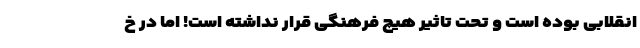
انقلابی بوده است و تحت تاثیر هیچ فرهنگی قرار نداشته است! اما در خ